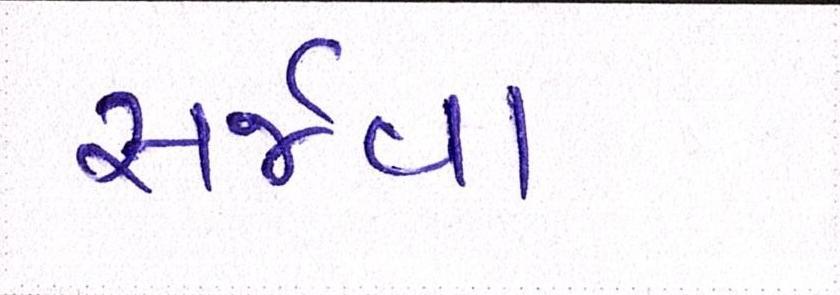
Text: સર્જવા